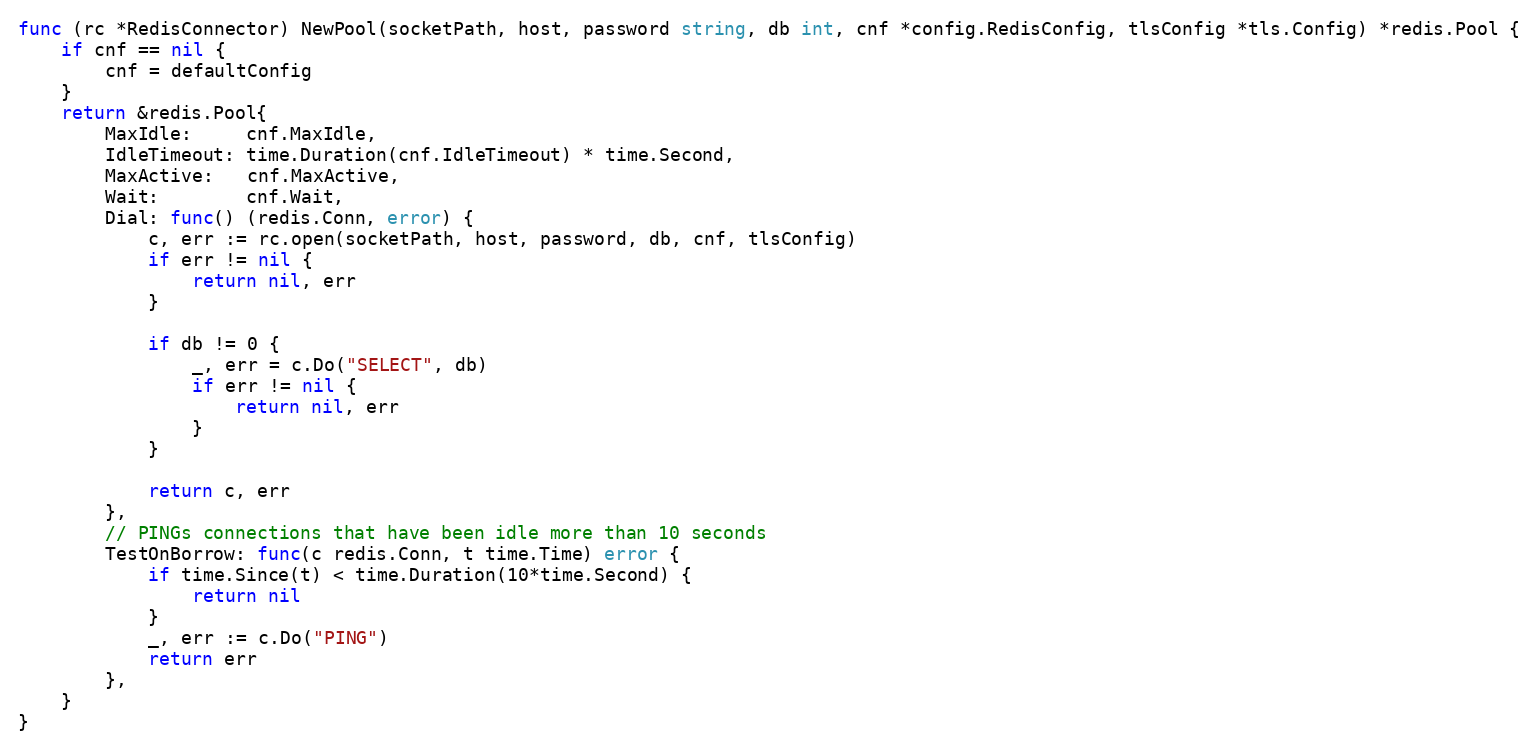
Language: Go
func (rc *RedisConnector) NewPool(socketPath, host, password string, db int, cnf *config.RedisConfig, tlsConfig *tls.Config) *redis.Pool {
	if cnf == nil {
		cnf = defaultConfig
	}
	return &redis.Pool{
		MaxIdle:     cnf.MaxIdle,
		IdleTimeout: time.Duration(cnf.IdleTimeout) * time.Second,
		MaxActive:   cnf.MaxActive,
		Wait:        cnf.Wait,
		Dial: func() (redis.Conn, error) {
			c, err := rc.open(socketPath, host, password, db, cnf, tlsConfig)
			if err != nil {
				return nil, err
			}

			if db != 0 {
				_, err = c.Do("SELECT", db)
				if err != nil {
					return nil, err
				}
			}

			return c, err
		},
		// PINGs connections that have been idle more than 10 seconds
		TestOnBorrow: func(c redis.Conn, t time.Time) error {
			if time.Since(t) < time.Duration(10*time.Second) {
				return nil
			}
			_, err := c.Do("PING")
			return err
		},
	}
}